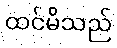
ထင်မိသည်